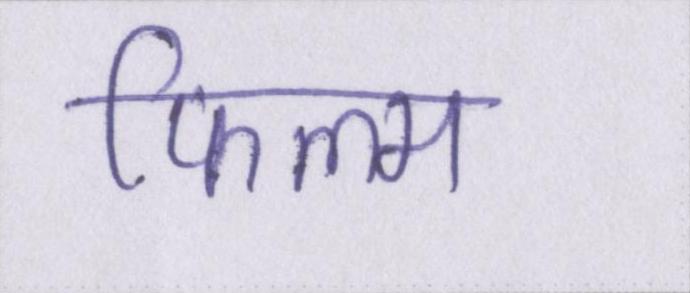
फिल्म